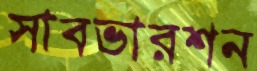
সাবভারশন